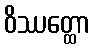
ဝိဿတ္ထော